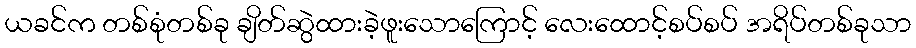
ယခင်က တစ်စုံတစ်ခု ချိတ်ဆွဲထားခဲ့ဖူးသောကြောင့် လေးထောင့်စပ်စပ် အရိပ်တစ်ခုသာ